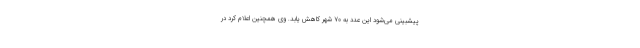
پیشبینی می‌شود این عدد به ۷۰ شهر کاهش یابد. وی همچنین اعلام کرد در